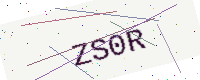
Text: ZS0R